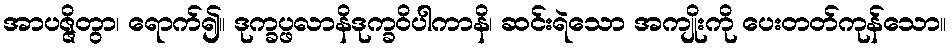
အာပဇ္ဇိတွာ၊ ရောက်၍။ ဒုက္ခပ္ဖလာနိဒုက္ခဝိပါကာနိ၊ ဆင်းရဲသော အကျိုးကို ပေးတတ်ကုန်သော။